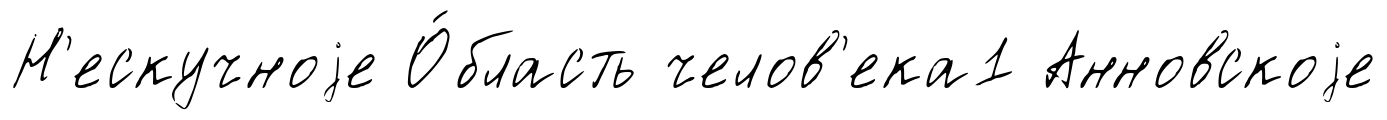
Н'ескучноjе О́бласть челов'ека1 Анновскоjе